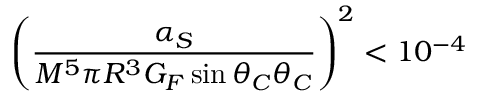
\left( { \frac { \alpha _ { S } } { M ^ { 5 } \pi R ^ { 3 } G _ { F } \sin \theta _ { C } \theta _ { C } } } \right) ^ { 2 } < 1 0 ^ { - 4 }